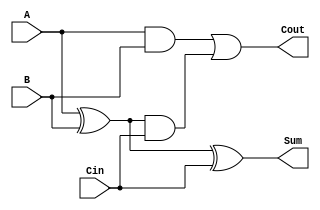
module Carry_Lookahead_Full_Adder (
    input wire A,        // First input bit
    input wire B,        // Second input bit
    input wire Cin,      // Carry input
    output wire Sum,     // Sum output
    output wire Cout     // Carry output
);

    // Internal signals
    wire G;              // Generate signal
    wire P;              // Propagate signal
    wire C1;             // Intermediate carry output

    // Generate and Propagate calculations
    assign G = A & B;    // Generate: G = A AND B
    assign P = A ^ B;    // Propagate: P = A XOR B

    // Carry outputs
    assign C1 = G | (P & Cin);  // Carry from this stage: C1 = G OR (P AND Cin)
    assign Cout = C1;           // Cout is the same as C1 for single stage

    // Sum calculation
    assign Sum = P ^ Cin;       // Sum = P XOR Cin

endmodule